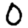
Digit: 0